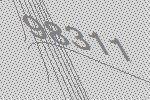
98311